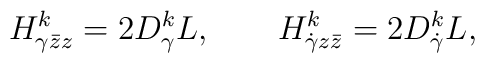
H^k_{\gamma \bar z z} = 2 D^k_\gamma L,  \qquad H^k_{\dot\gamma z \bar z} = 2 D^k_{\dot\gamma} L,